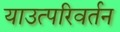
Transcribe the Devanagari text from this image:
याउत्परिवर्तन